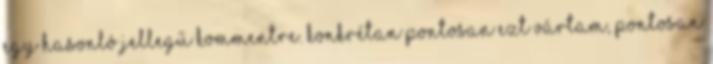
egy hasonló jellegű kommentre. Konkrétan pontosan ezt vártam, pontosan